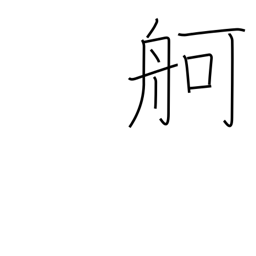
Meaning: large boat